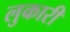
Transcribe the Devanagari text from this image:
लुकारी